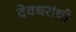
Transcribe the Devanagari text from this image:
देवधरांची